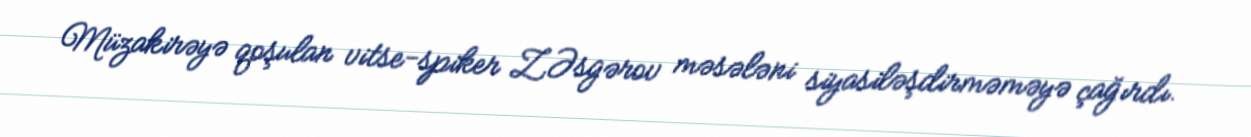
Müzakirəyə qoşulan vitse-spiker Z.Əsgərov məsələni siyasiləşdirməməyə çağırdı.